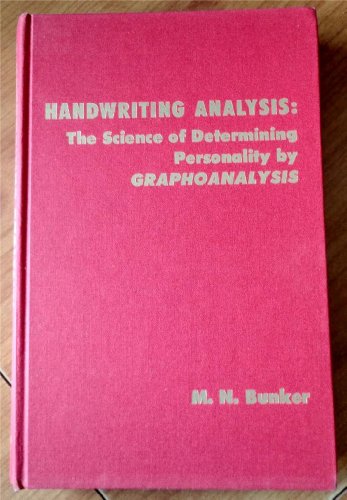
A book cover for Handwriting Analysis: The Science of Determining Personality by Graphoanalysis; M. N Bunker; Self-Help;